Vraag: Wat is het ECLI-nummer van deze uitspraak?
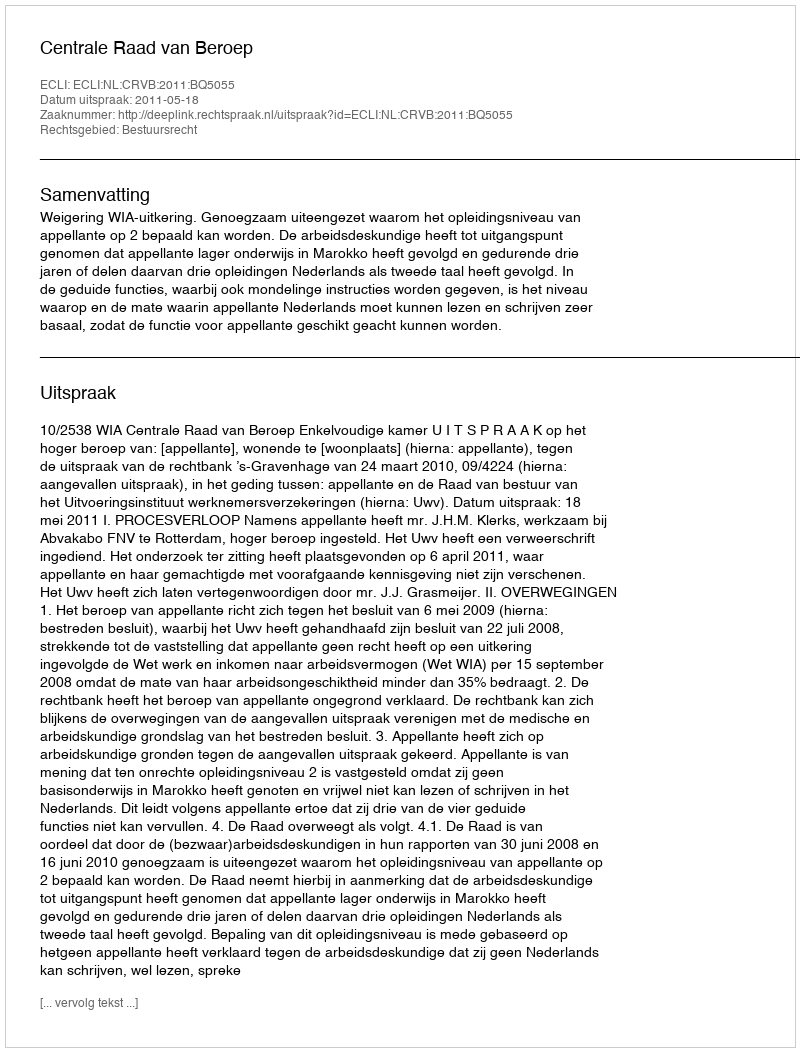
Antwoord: ECLI:NL:CRVB:2011:BQ5055